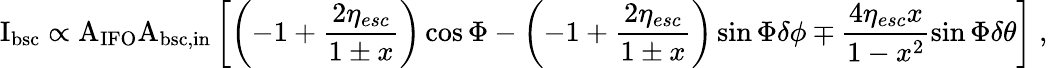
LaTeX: \mathrm{I_{bsc}}\propto\mathrm{A_{IFO}A_{bsc,in}}\left[\left(-1+\frac{2\eta_{esc}}{1\pm x}\right)\cos\Phi-\left(-1+\frac{2\eta_{esc}}{1\pm x}\right)\sin\Phi\delta\phi\mp\frac{4\eta_{esc}x}{1-x^{2}}\sin\Phi\delta\theta\right]\; ,